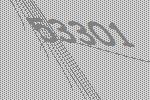
53301